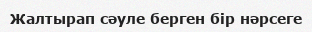
Жалтырап сәуле берген бір нәрсеге